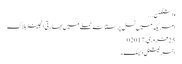
واشنگٹن ...
امریکہ میں نسل پرستانہ حملے میں بھارتی انجینئر ہلاک
25 فروری,2017	0
انٹر نیشنل ڈیسک۔